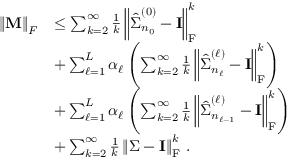
\begin{array} { r l } { \left\lVert { \mathbf { M } } \right\rVert _ { F } } & { \le \sum _ { k = 2 } ^ { \infty } \frac { 1 } { k } \left\lVert \hat { { \boldsymbol { \Sigma } } } _ { n _ { 0 } } ^ { ( 0 ) } - { \mathbf { I } } \right\rVert _ { \mathrm { F } } ^ { k } } \\ & { + \sum _ { \ell = 1 } ^ { L } \alpha _ { \ell } \left( \sum _ { k = 2 } ^ { \infty } \frac { 1 } { k } \left\lVert \hat { { \boldsymbol { \Sigma } } } _ { n _ { \ell } } ^ { ( \ell ) } - { \mathbf { I } } \right\rVert _ { \mathrm { F } } ^ { k } \right) } \\ & { + \sum _ { \ell = 1 } ^ { L } \alpha _ { \ell } \left( \sum _ { k = 2 } ^ { \infty } \frac { 1 } { k } \left\lVert \hat { { \boldsymbol { \Sigma } } } _ { n _ { \ell - 1 } } ^ { ( \ell ) } - { \mathbf { I } } \right\rVert _ { \mathrm { F } } ^ { k } \right) } \\ & { + \sum _ { k = 2 } ^ { \infty } \frac { 1 } { k } \left\lVert { \boldsymbol { \Sigma } } - { \mathbf { I } } \right\rVert _ { \mathrm { F } } ^ { k } \, . } \end{array}